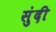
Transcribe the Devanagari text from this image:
सुंदी